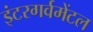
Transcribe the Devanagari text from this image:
इंटरगर्वमेंटल